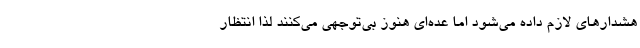
هشدارهای لازم داده می‌شود اما عده‌ای هنوز بی‌توجهی می‌کنند لذا انتظار